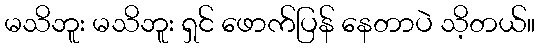
မသိဘူး မသိဘူး ရှင် ဖောက်ပြန် နေတာပဲ သိ့တယ်။